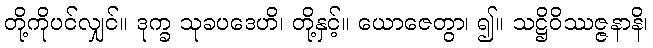
တို့ကိုပင်လျှင်။ ဒုက္ခ သုခပဒေဟိ၊ တို့နှင့်။ ယောဇေတွာ၊ ၍။ သဋ္ဌိဝိဿဇ္ဇနာနိ၊